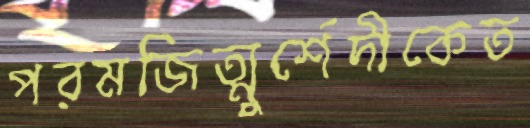
পরমজিত্মুর্শেদীকেত